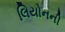
લિયોનની